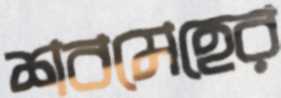
শবমেহের